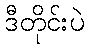
ဒီတိုင်းပဲ